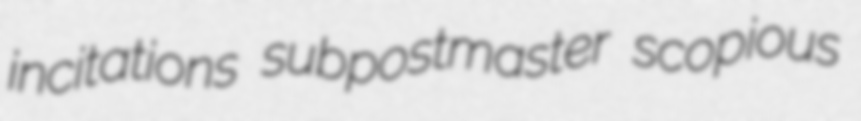
incitations subpostmaster scopious